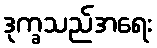
ဒုက္ခသည်အရေး